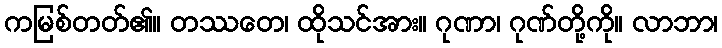
ကမြစ်တတ်၏။ တဿတေ၊ ထိုသင်အား။ ဂုဏာ၊ ဂုဏ်တို့ကို။ လာဘာ၊